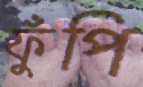
ফুঁপি